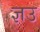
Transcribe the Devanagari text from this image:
ज्ञउ